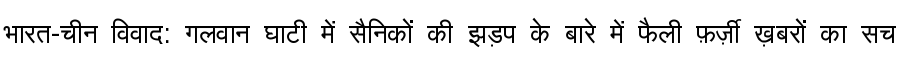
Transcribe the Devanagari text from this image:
भारत-चीन विवाद: गलवान घाटी में सैनिकों की झड़प के बारे में फैली फ़र्ज़ी ख़बरों का सच